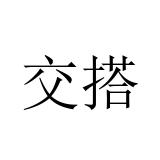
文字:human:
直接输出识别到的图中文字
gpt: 交搭